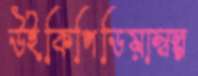
উইকিপিডিয়াস্বল্প